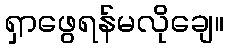
ရှာဖွေရန်မလိုချေ။